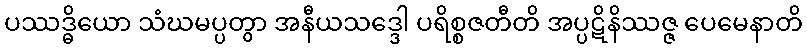
ပဿဒ္ဓိယော သံဃမပ္ပတွာ အနီယသဒ္ဒေါ ပရိစ္စဇတီတိ အပ္ပဋိနိဿဇ္ဇ ပေမေနာတိ